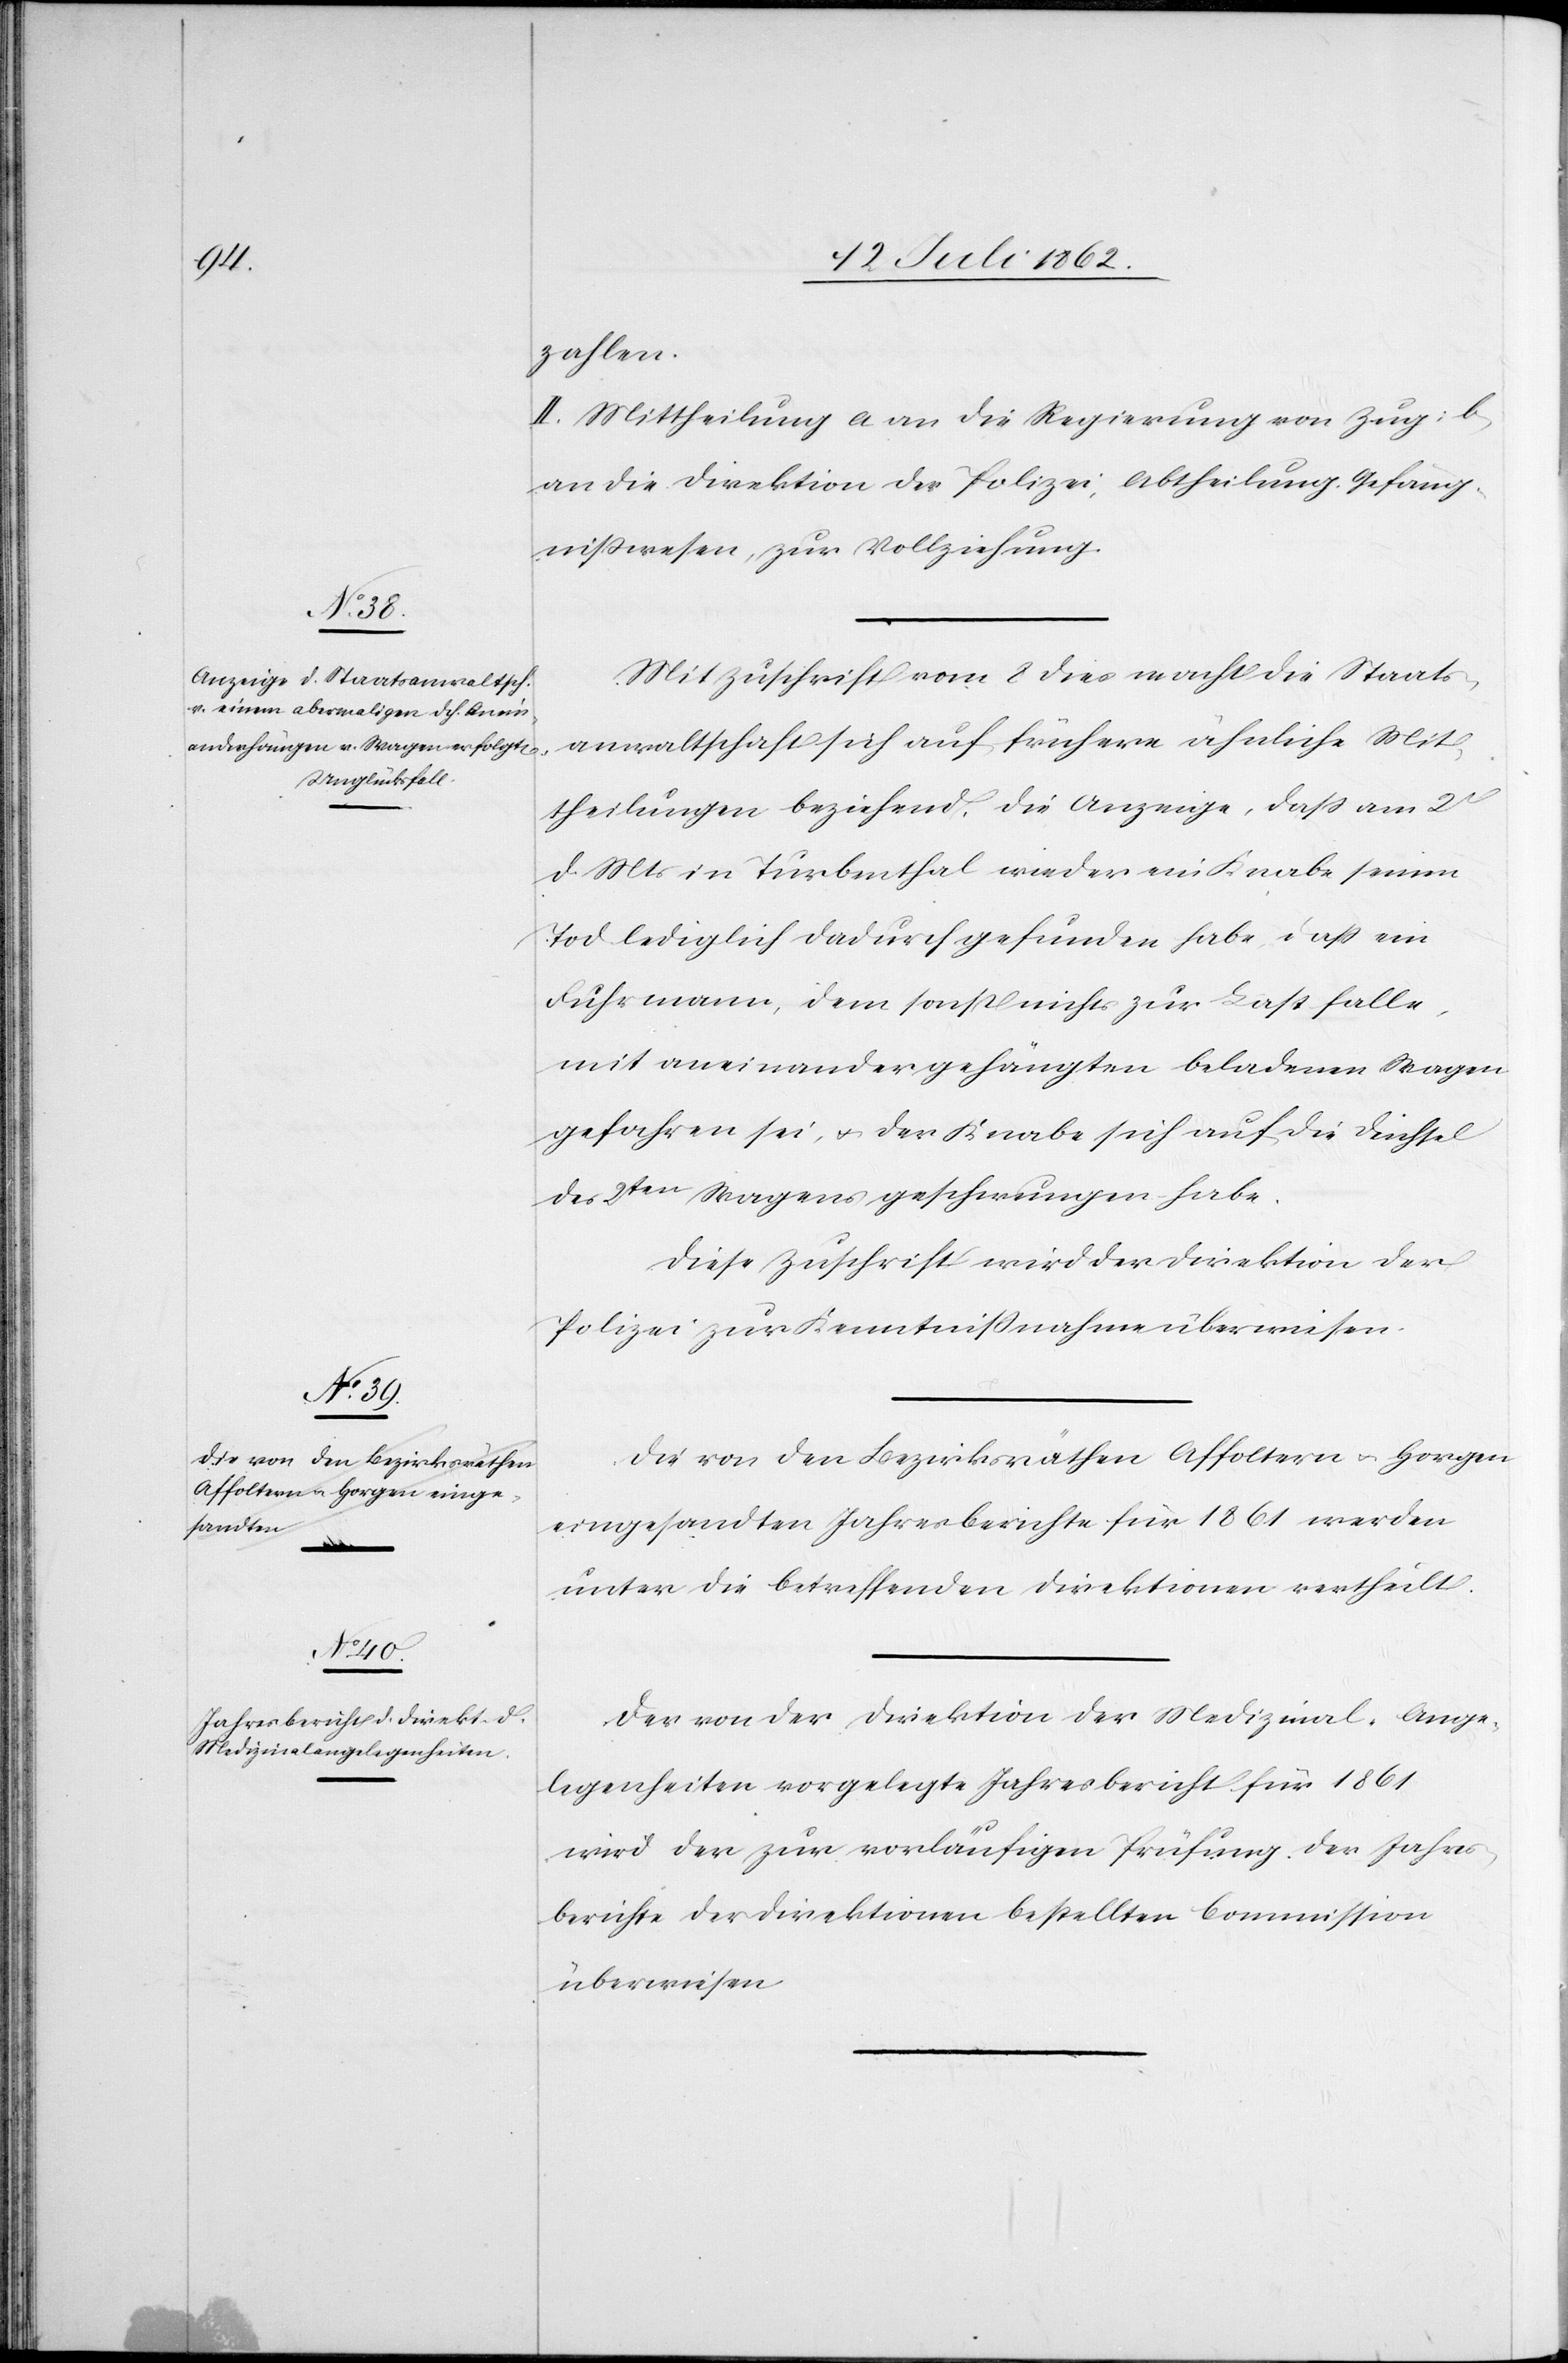
zahlen.
II. Mittheilung a an die Regierung von Zug; b
an die Direktion der Polizei, Abtheilung Gefäng¬
nißwesen, zur Vollziehung.
Mit Zuschrift vom 8. dies macht die Staats¬
anwaltschaft sich auf frühere ähnliche Mit¬
theilungen beziehend, die Anzeige, daß am 2t
d. Mts. in Turbenthal wieder ein Knabe seinen
Tod lediglich dadurch gefunden habe, daß ein
Fuhrmann, dem sonst nichts zur Last falle,
mit aneinandergehängten beladenen Wagen
gefahren sei, u. der Knabe sich auf die Dichtel
des 2ten Wagens geschwungen habe.
Diese Zuschrift wird der Direktion der
Polizei zur Kenntnißnahme überwiesen.
Die von den Bezirksräthen Affoltern u. Horgen
eingesandten Jahresberichte für 1861 werden
unter die Betreffenden Direktionen vertheilt.
Der von der Direktion der Medizinal-Ange¬
legenheiten vorgelegte Jahresbericht für 1861
wird der zur vorläufigen Prüfung der Jahres¬
berichte der Direktionen bestellten Commission
überwiesen.